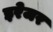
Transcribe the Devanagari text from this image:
इरेजर